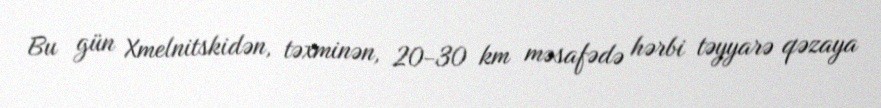
Bu gün Xmelnitskidən, təxminən, 20-30 km məsafədə hərbi təyyarə qəzaya